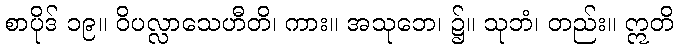
စာပိုဒ် ၁၉။ ဝိပလ္လာသေဟီတိ၊ ကား။ အသုဘေ၊ ၌။ သုဘံ၊ တည်း။ ဣတိ